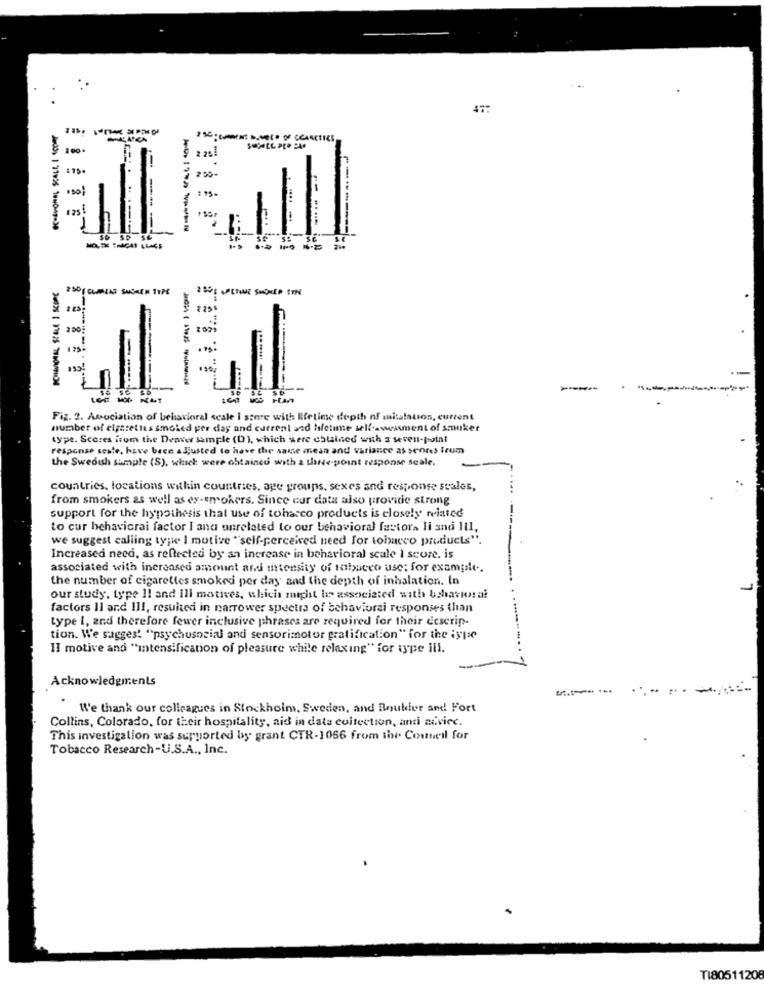
47:
100
2 25
250
1 15.
....
125
--------
=--...
---
Fig. 2. Association of behavioral scale I store with lifetime depth of mitatauos, current
number of cigarettes amoled per day and current and lifetime self-vesment of smoker
type. Scores from the Denver sample (D), which were chlained with a seven-point
response sesle, have been adjusted to have the same mean and variance as scores Irum
the Swedish sample (S), which were obtained with 2 thNde-point response scale.
countries, locations within countries, age groups, sexes and response scales,
...
from smokers as well as ex-smokers. Since cur data also provide strong
support for the hypothesis that use of tobacco products is closely related
to cur behavicrai factor I ana unrelated to our behavioral factors li and Ill,
we suggest calling type I motive "self-perceived need for tobacco products".
Increased need, as reflected by an increase in behavioral scale I score. is
associated with increased amount and intensity of tobacco use: for example ..
the number of cigarettes smoked per day and the depth of inhalation. In
our study, type I! and ill motives, which might be associated with behavioral
factors Il and III, resulted in narrower spectra of behaviorai responses than
type 1, and therefore fewer inclusive phrases are required for their descrip-
tion. We suggest "psychosocial and sensorimotor gratification" for the iypie
II motive and "intensification of pleasure while relaxing" for type ill.
Acknowledgments
We thank our colleagues in Stockholm, Sweden, and Boulder and Fort
Collins, Colorado, for their hospitality, aid in data collection, anti advice.
This investigation was supported by grant CTR-1066 from the Council for
Tobacco Research-U.S.A ., Inc.
TI80511208